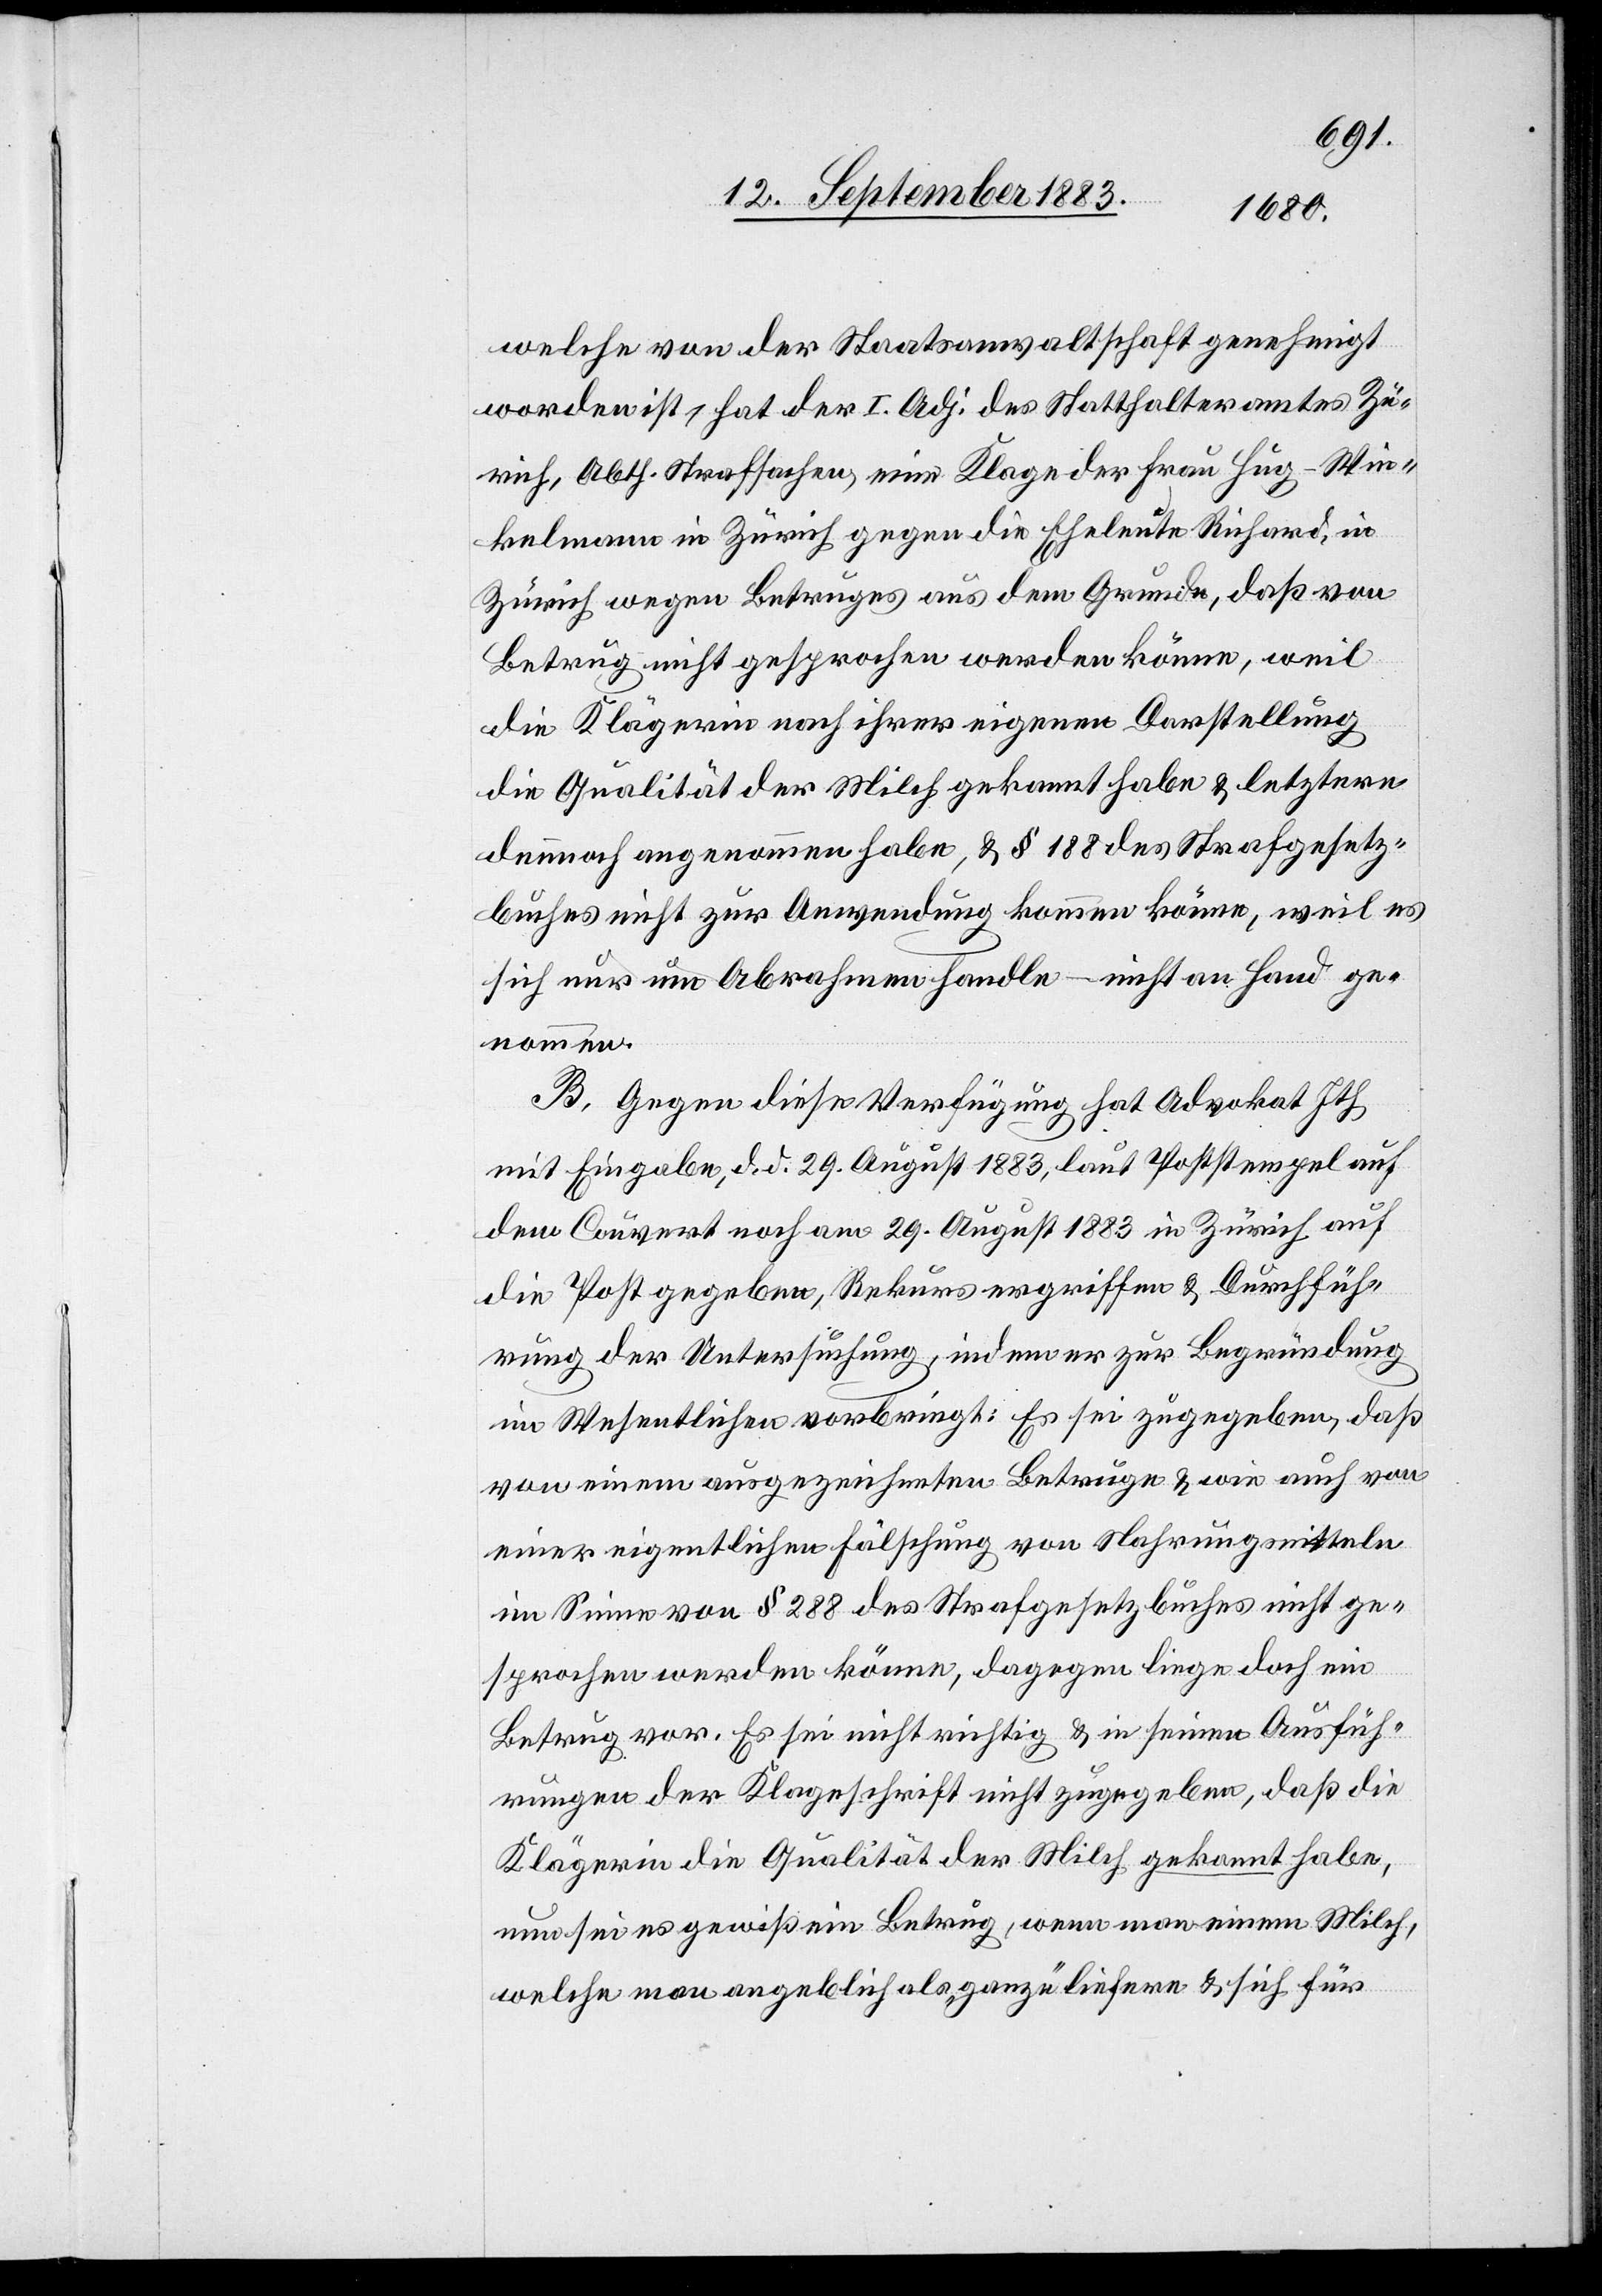
welche von der Staatsanwaltschaft genehmigt
worden ist, hat der I. Adj. des Statthalteramtes Zü¬
rich, Abth. Strafsachen, eine Klage der Frau Hug-Win¬
kelmann in Zürich gegen die Eheleute Richard, in
Zürich wegen Betruges aus dem Grunde, daß von
Betrug nicht gesprochen werden könne, weil
die Klägerin nach ihrer eigenen Darstellung
die Qualität der Milch gekannt habe & letztere
dennoch angenommen habe, & § 188 des Strafgesetz¬
buches nicht zur Anwendung kommen könne, weil es
sich nur um Abrahmen handle – nicht an Hand ge¬
nommen.
B. Gegen dieses Verfügung hat Advokat Ith
mit Eingabe, d. d. 29. August 1883, laut Poststempel auf
dem Couvert noch am 29. August 1883 in Zürich auf
die Post gegeben, Rekurs ergriffen & Durchfüh¬
rung der Untersuchung [verlangt], indem er zur Begründung
im Wesentlichen vorbringt: Es sei zugegeben, daß
von einem ausgezeichneten Betruge & wie auch von
einer eigentlichen Fälschung von Nahrungsmitteln
im Sinne von § 288 des Strafgesetzbuches nicht ge¬
sprochen werden könne, dagegen liege doch ein
Betrug vor. Es sei nicht richtig & in seinen Ausfüh¬
rungen der Klageschrift nicht zugegeben, daß die
Klägerin die Qualität der Milch gekannt habe,
nun sei es gewiß ein Betrug, wenn man einem Milch,
welche man angeblich als „ganze“ liefere & sich für